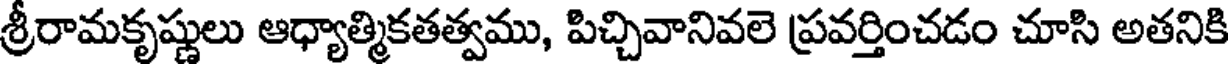
శ్రీరామకృష్ణులు ఆధ్యాత్మికతత్వము, పిచ్చివానివలె ప్రవర్తించడం చూసి అతనికి